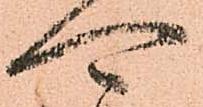
可